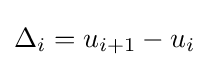
\Delta _{i}=u_{i+1}-u_{i}